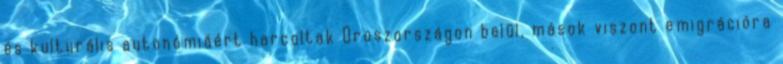
és kulturális autonómiáért harcoltak Oroszországon belül, mások viszont emigrációra